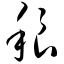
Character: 稂